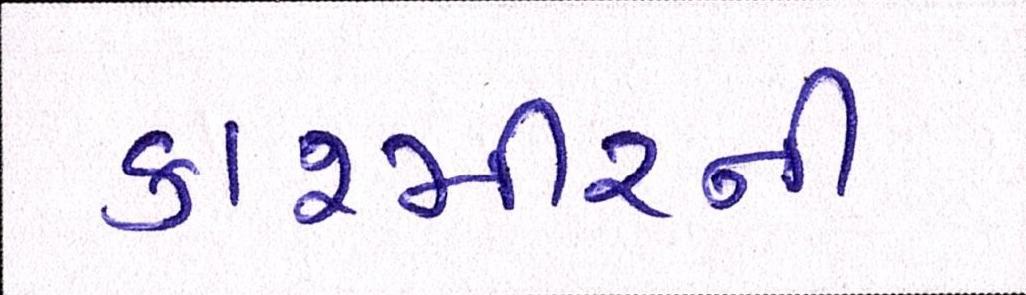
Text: કાશ્મીરની